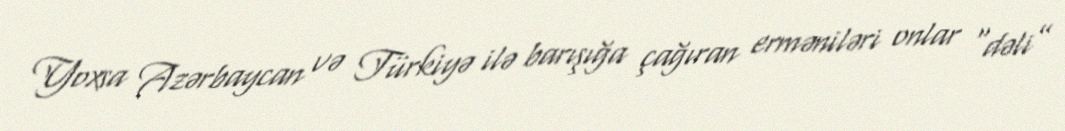
Yoxsa Azərbaycan və Türkiyə ilə barışığa çağıran erməniləri onlar “dəli”